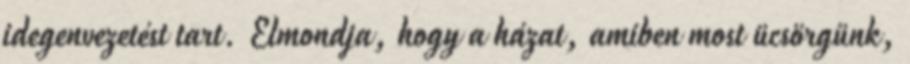
idegenvezetést tart. Elmondja, hogy a házat, amiben most ücsörgünk,